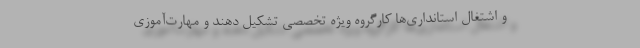
و اشتغال استانداری‌ها کارگروه ویژه تخصصی تشکیل دهند و مهارت‌آموزی